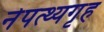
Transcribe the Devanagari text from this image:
नेपत्थ्यगृह